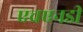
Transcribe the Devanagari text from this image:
एचएनडी